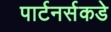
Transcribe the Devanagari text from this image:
पार्टनर्सकडे